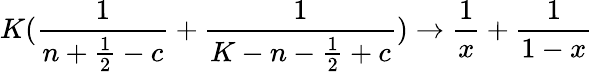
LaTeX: K({\frac{1}{n+{\frac{1}{2}}-c}}+{\frac{1}{K-n-{\frac{1}{2}}+c}})\rightarrow{\frac{1}{x}}+{\frac{1}{1-x}}